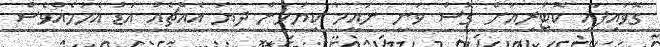
ގޮވައިފައި ކޮޓަރިއަށް ގޮސް ވަނީ ނައީމު ކިޔަމުން ދިޔަ އެއްޗެއް އަޑު އެހުމެއްވެސް